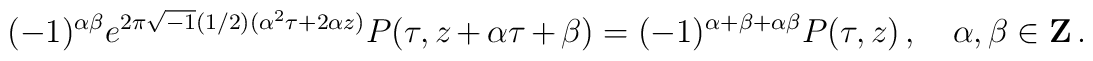
(-1)^{\alpha\beta}e^{2\pi \sqrt{-1}(1/2)(\alpha^2\tau+2\alpha z)}P(\tau,z+\alpha\tau+\beta)=(-1)^{\alpha+\beta+\alpha\beta}P(\tau,z)\,,\quad \alpha,\beta \in {\bf Z}\, .